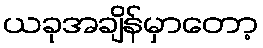
ယခုအချိန်မှာတော့